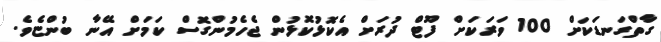
ގާތްގަނޑަކަށް 100 ވަރަކަށް ފޫޓް ދުރަށް އެކޮޅުކޮޅުން ޖެހެމުންގޮސް ކަމަށް އޭނާ ބުންޏެވެ.